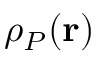
\rho _ { P } ( { \bf r } )